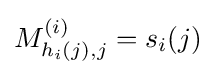
M_{h_{i}(j),j}^{(i)}=s_{i}(j)